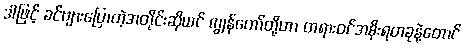
ဒါဖြင့် ခင်ဗျားပြောတဲ့အတိုင်းဆိုယင် ကျွန်တော်တို့ဟာ တရားဝင်အစိုးရတခုနဲ့တောင်